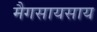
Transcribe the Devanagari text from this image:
मैगसायसाय